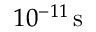
1 0 ^ { - 1 1 } \, \mathrm { s }